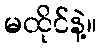
မထိုင်နဲ့။